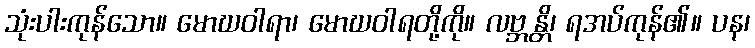
သုံးပါးကုန်သော။ မောဃဝါရာ၊ မောဃဝါရတို့ကို။ လဗ္ဘန္တိ၊ ရအပ်ကုန်၏။ ပန၊